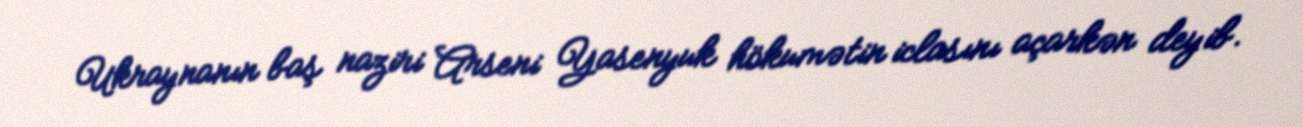
Ukraynanın baş naziri Arseni Yasenyuk hökumətin iclasını açarkən deyib.